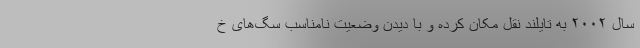
سال ۲۰۰۲ به تایلند نقل مکان کرده و با دیدن وضعیت نامناسب سگ‌های خ